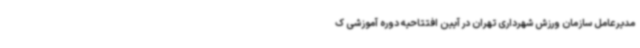
مدیرعامل سازمان ورزش شهرداری تهران در آیین افتتاحیه دوره آموزشی ک